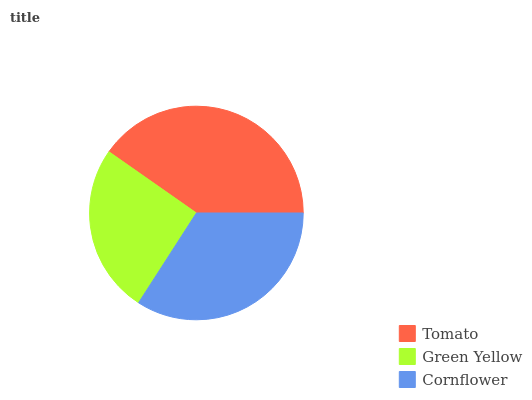
| Tomato | Green Yellow | Cornflower |
 | --- | --- | --- |
 | 40.3% | 25.6% | 34.1% |